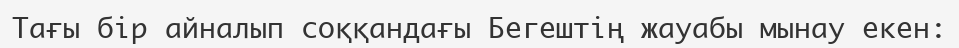
Тағы бір айналып соққандағы Бегештің жауабы мынау екен: